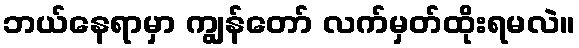
ဘယ်နေရာမှာ ကျွန်တော် လက်မှတ်ထိုးရမလဲ။